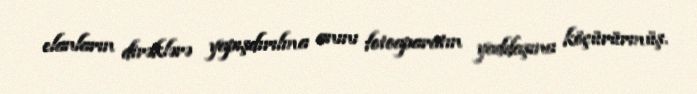
elanların dirəklərə yapışdırılma anını fotoaparatın yaddaşına köçürürmüş.